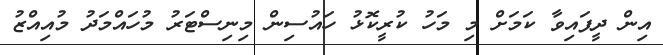
އިން ދީފައިވާ ކަމަށް މި މަހު ކުރީކޮޅު ހައުސިން މިނިސްޓަރު މުހައްމަދު މުއިއްޒު